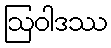
ဩဝါဒဿ